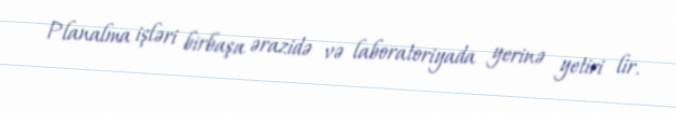
Planalma işləri birbaşa ərazidə və laboratoriyada yerinə yetiri lir.